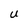
Character: U